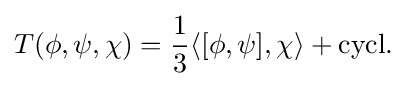
T(\phi ,\psi ,\chi )={\frac {1}{3}}\langle [\phi ,\psi ],\chi \rangle +{\text{cycl.}}